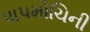
પાપમોચિની